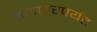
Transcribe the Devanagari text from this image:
तंजावरपर्यंत